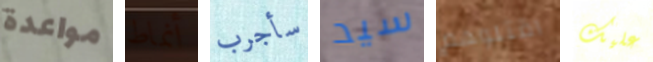
مواعدة أنماط سأجرب سيد اقتلوهم عليك